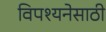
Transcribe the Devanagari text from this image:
विपश्यनेसाठी